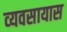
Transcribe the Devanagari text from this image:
व्‍यवसायास